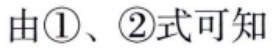
由\textcircled{1}、\textcircled{2}式可知